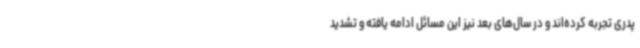
پدری تجربه کرده‌اند و در سال‌های بعد نیز این مسائل ادامه یافته و تشدید